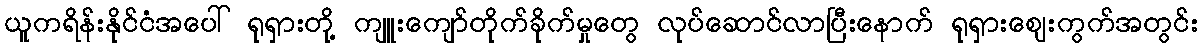
ယူကရိန်းနိုင်ငံအပေါ် ရုရှားတို့ ကျူးကျော်တိုက်ခိုက်မှုတွေ လုပ်ဆောင်လာပြီးနောက် ရုရှားဈေးကွက်အတွင်း